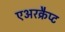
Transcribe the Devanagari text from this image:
एअरक्रैप्ट